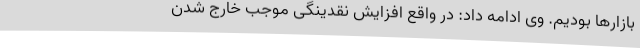
بازارها بودیم. وی ادامه داد: در واقع افزایش نقدینگی موجب خارج شدن